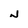
Character: N